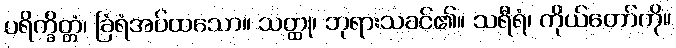
ပရိက္ခိတ္တံ၊ ခြံရံအပ်ထသော။ သတ္ထု၊ ဘုရားသခင်၏။ သရီရံ၊ ကိုယ်တော်ကို။